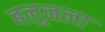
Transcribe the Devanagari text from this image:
बलूनला